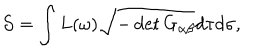
LaTeX: { \cal S } = \int L ( \omega ) \sqrt { - \det G _ { \alpha \beta } } d \tau d \sigma ,